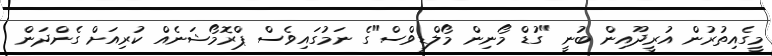
މީގެއިތުރުން އުރީދޫއިން ބުނީ "ގުޑް މޯނިން މޯލްޑިވްސް"ގެ ނަމުގައިވެސް ޕްރޮމޯޝަނެއް ކުރިއަށް ގެންދަން